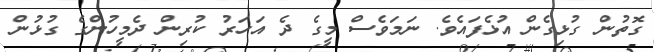
ގޮތުން ގުޅިގެން އުޅެފައެވެ. ނަމަވެސް މީގެ ދެ އަހަރު ކުރިން ދެމީހުންގެ ގުޅުން